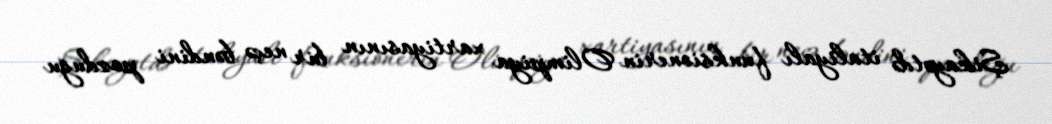
Şikayətdə italiyalı funksionerin Olimpiya xartiyasının bir neçə bəndini pozduğu